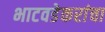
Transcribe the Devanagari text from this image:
भाटवडेकरांचा